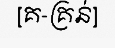
[គ-គ្រន់]